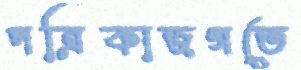
পত্রিকাজগতে